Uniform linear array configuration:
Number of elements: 32
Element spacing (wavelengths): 0.5
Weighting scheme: hamming
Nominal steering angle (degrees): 30
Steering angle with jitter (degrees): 30.012
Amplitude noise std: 0.05
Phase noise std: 0.05

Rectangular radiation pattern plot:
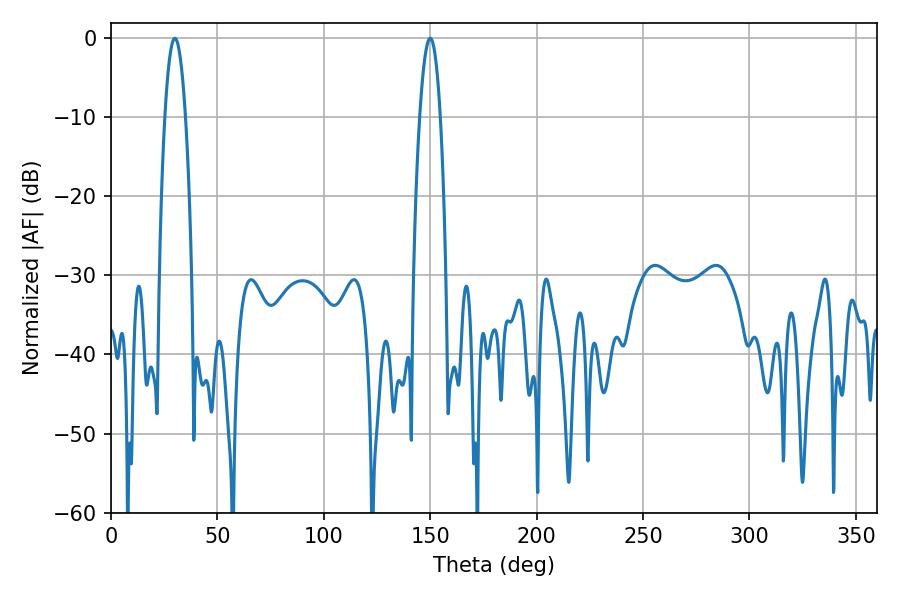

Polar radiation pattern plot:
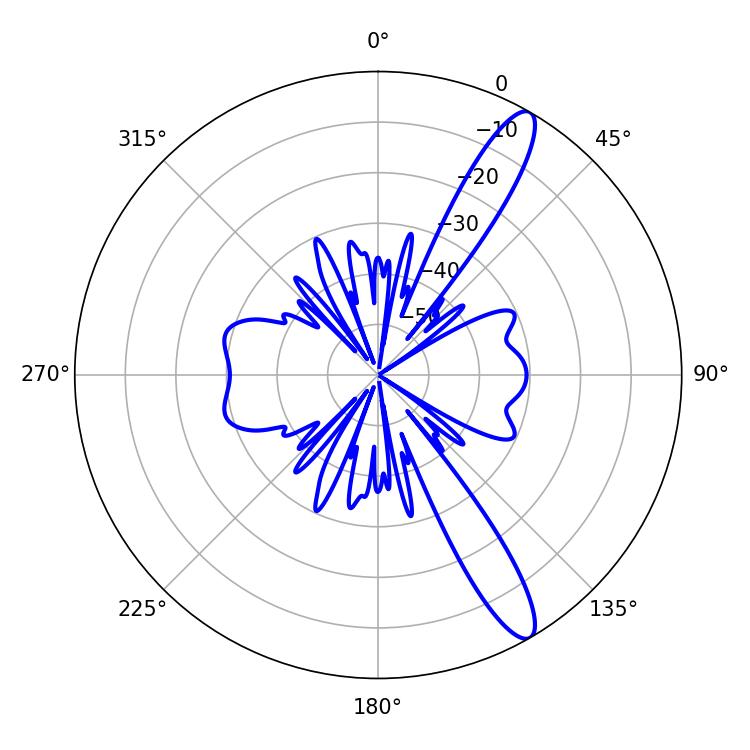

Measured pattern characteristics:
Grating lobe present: FALSE
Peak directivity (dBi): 12.993
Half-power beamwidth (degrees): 5.4
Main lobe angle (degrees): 30.06